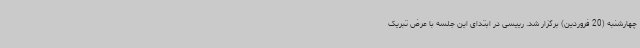
چهارشنبه (20 فروردین) برگزار شد. رییسی در ابتدای این جلسه با عرض تبریک